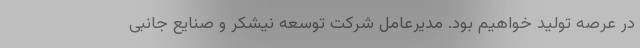
در عرصه تولید خواهیم بود. مدیرعامل شرکت توسعه نیشکر و صنایع جانبی